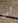
لن